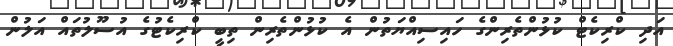
އަދި ކްރިކެޓް ކުޅުންތެރިންގެ ހައިސިއްޔަތުން އެ ކުޅުންތެރިން ތިބީ ކްރިކެޓުގެ އުސޫލުތައް އަލުން